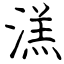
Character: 溔